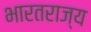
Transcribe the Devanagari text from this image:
भारतराज्य